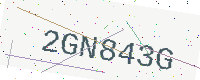
Text: 2GN843G